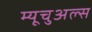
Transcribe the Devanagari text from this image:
म्यूचुअल्स